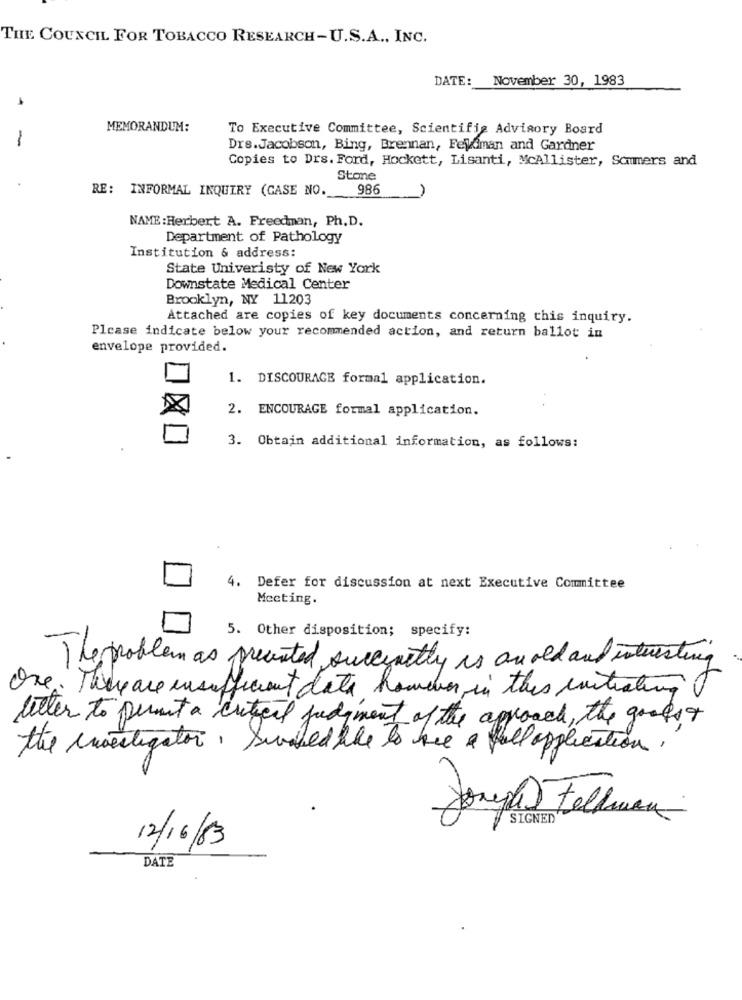
THE COUNCIL FOR TOBACCO RESEARCH-U.S.A ., INC.
DATE: November 30, 1983
MEMORANDUM:
To Executive Committee, Scientifia Advisory Board
-
Drs.Jacobson, Bing, Brennan, Feldman and Gardner
Copies to Drs. Ford, Hockett, Lisanti, McAllister, Sommers and
Stone
RE: INFORMAL INQUIRY (CASE NO.
986
NAME : Herbert A. Freedman, Ph. D.
Department of Pathology
Institution & address:
State Univeristy of New York
Downstate Medical Center
Brooklyn, NY 11203
Attached are copies of key documents concerning this inquiry.
Please indicate below your recommended action, and return ballot in
envelope provided.
1. DISCOURAGE formal application.
2. ENCOURAGE formal application.
3. Obtain additional information, as follows:
4. Defer for discussion at next Executive Committee
Meeting.
5. Other disposition; specify:
The problem as presented succinctly is an old and interesting
One. There are insufficient data however in this initiating
letter to permit a critical judgment of the approach, the goodst
the investigation, Surfed the to have a full application,
Joseph Fellman
SIGNED
12/16/83
DATE